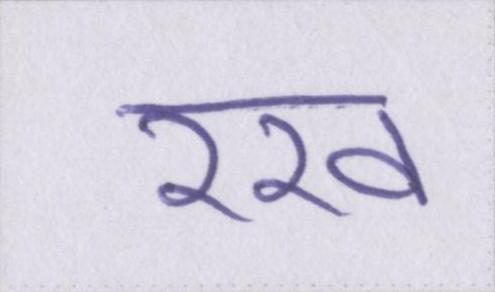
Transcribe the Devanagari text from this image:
रख